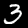
Digit: 3